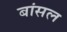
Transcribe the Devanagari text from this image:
बांसल